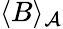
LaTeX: \langle B\rangle_{\mathcal{A}}